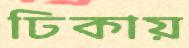
ঢিকায়